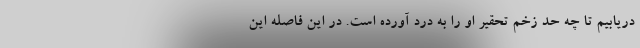
دریابیم تا چه حد زخم تحقیر او را به درد آورده است. در این فاصله این